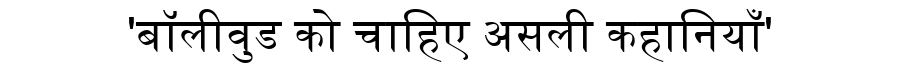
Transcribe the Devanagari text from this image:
'बॉलीवुड को चाहिए असली कहानियाँ'